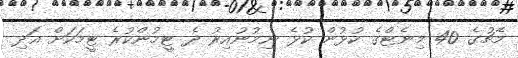
މެޗުގެ 40 މިނެޓްގެ ކުޅުން ކުޅެ ނިމުނުއިރު ދެ ޓީމުންކުރެ ޓީމަކަށް އަދި